Lunatic asylums Punjab 1868-1880 - 1868-1880
Year: 1868
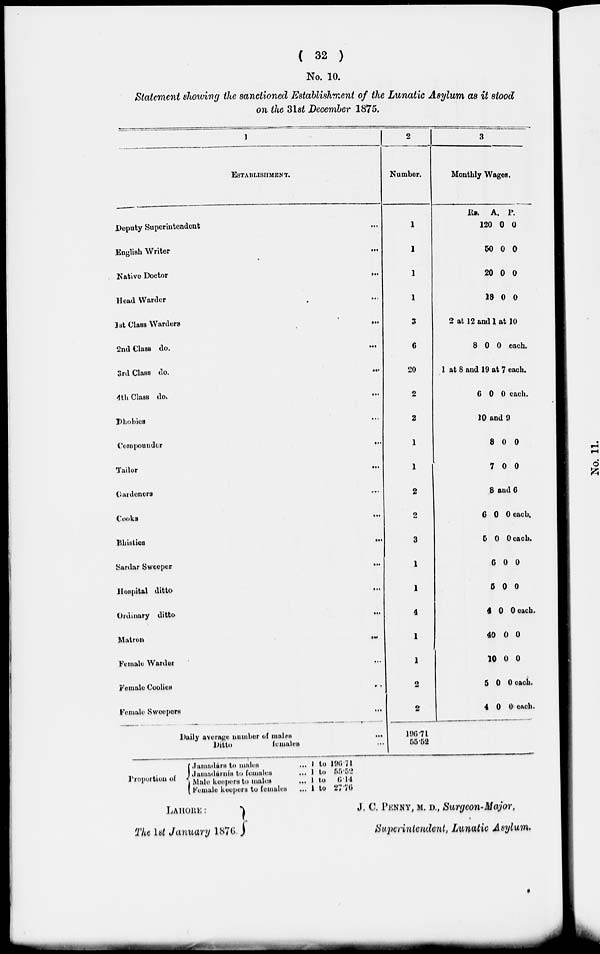
( 32 )
No. 10.
Statement showing the sanctioned Establishment of the Lunatic Asylum as it stood
on the 31st December 1875.
1
ESTABLISHMENT.
Deputy Superintendent ...
English Writer
...
Native Doctor
...
Head Warder ...
1st Class Warders
...
2nd Class do.
...
3rd Class do.
...
4th Class do. ...
Dhobies ...
Compounder
...
Tailor
...
Gardeners ...
Cooks
...
Bhistics
...
Sardar Sweeper
...
Hospital ditto
...
Ordinary ditto.
...
Matron
...
Female Warder ...
Female Coolies
...
Female Sweepers
...
Daily average number of males
...
Ditto
females ...
2
Number.
1
1
1
1
3
6
20
2
2
1
1
2
2
3
1
1
4
1
1
2
2
196.71
55.52
3
Monthly Wages.
Rs.
120
50
20
18
A.
0
0
0
0
P.
0
0
0
0
2 at 12 and 1 at 10
8
0 0 each.
1 at 8 and 19 at 7 each.
6
0 0 each.
10 and 9
8
7
0
0
0
0
8 and 6
6
5
6
5
4
40
10
5
4
0
0
0
0
0
0
0
0
0
0 each
0 each.
0
0
0 each.
0
0
0 each.
0 each.
Proportion of
Jamadárs to males
Jamadáruís to females
Male keepers to males
Female keepers to females
... 1 to 196.71
... 1 to 55.52
... 1 to 6.14
... 1 to 27.76
LAHORE:
The 1st January 1876.
J. C. PENNY, M. D., Surgeon-Major,
Superintendent, Lunatic Asylum.